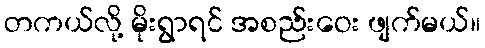
တကယ်လို့ မိုးရွာရင် အစည်းဝေး ဖျက်မယ်။